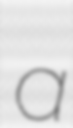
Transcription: a